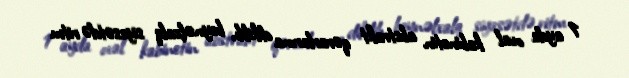
1 ayda oval kabinetin abstrakt qərarlarına dikilib, beynəlxalq siyasətdə ritm